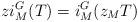
LaTeX: \begin{align*}zi_M^G(T)=i_M^G(z_MT)\end{align*}